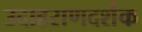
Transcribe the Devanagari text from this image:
उदाहराणदर्शक